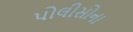
પોલીસોના